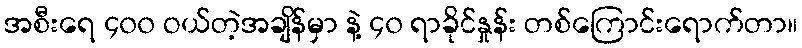
အစီးရေ ၄၀၀ ဝယ်တဲ့အချိန်မှာ နဲ့ ၄၀ ရာခိုင်နှုန်း တစ်ကြောင်းရောက်တာ။